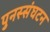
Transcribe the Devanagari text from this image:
पुनस्संघटन